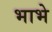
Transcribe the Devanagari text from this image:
भाभे